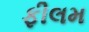
ફીલમ